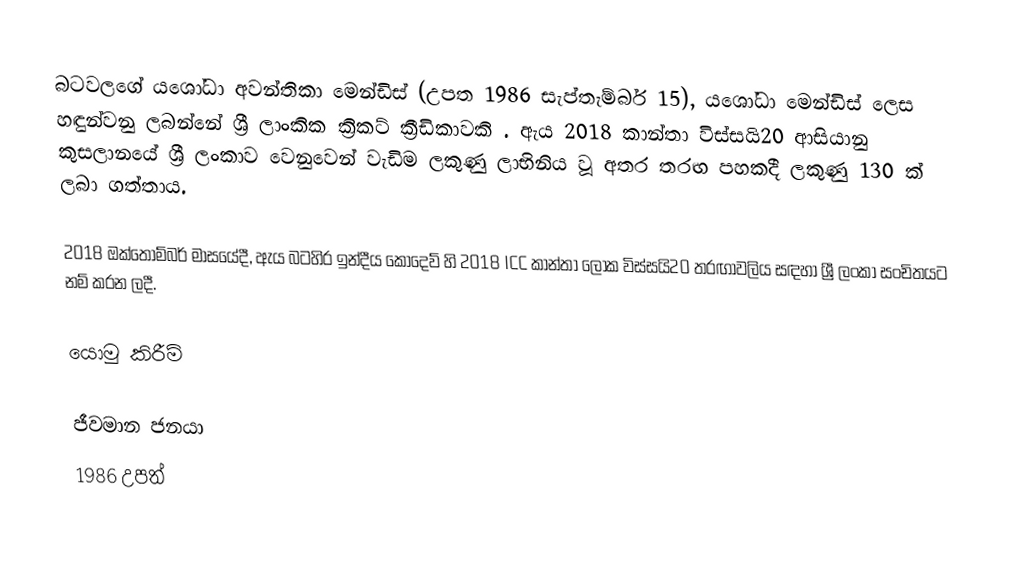
බටවලගේ යශෝධා අවන්තිකා මෙන්ඩිස් (උපත 1986 සැප්තැම්බර් 15), යශෝධා මෙන්ඩිස් ලෙස හඳුන්වනු ලබන්නේ ශ්‍රී ලාංකික ක්‍රිකට් ක්‍රීඩිකාවකි .  ඇය 2018 කාන්තා විස්සයි20 ආසියානු කුසලානයේ ශ්‍රී ලංකාව වෙනුවෙන් වැඩිම ලකුණු ලාභිනිය වූ අතර තරඟ පහකදී ලකුණු 130 ක් ලබා ගත්තාය.

2018 ඔක්තෝම්බර් මාසයේදී, ඇය බටහිර ඉන්දීය කොදෙව් හි 2018 ICC කාන්තා ලෝක විස්සයි20 තරඟාවලිය සඳහා ශ්‍රී ලංකා සංචිතයට නම් කරන ලදී.

යොමු කිරීම්

ජීවමාන ජනයා
1986 උපත්